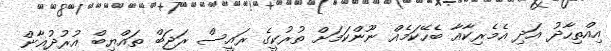
އިއްތިހާދު އަދި އެމެރިކާއާ ބެހޭކަމެއް ނޫންކަމަށް ތުރުކީގެ ރައީސް ރަޖަބް ތައްޔިބް އުރުދުޣާން